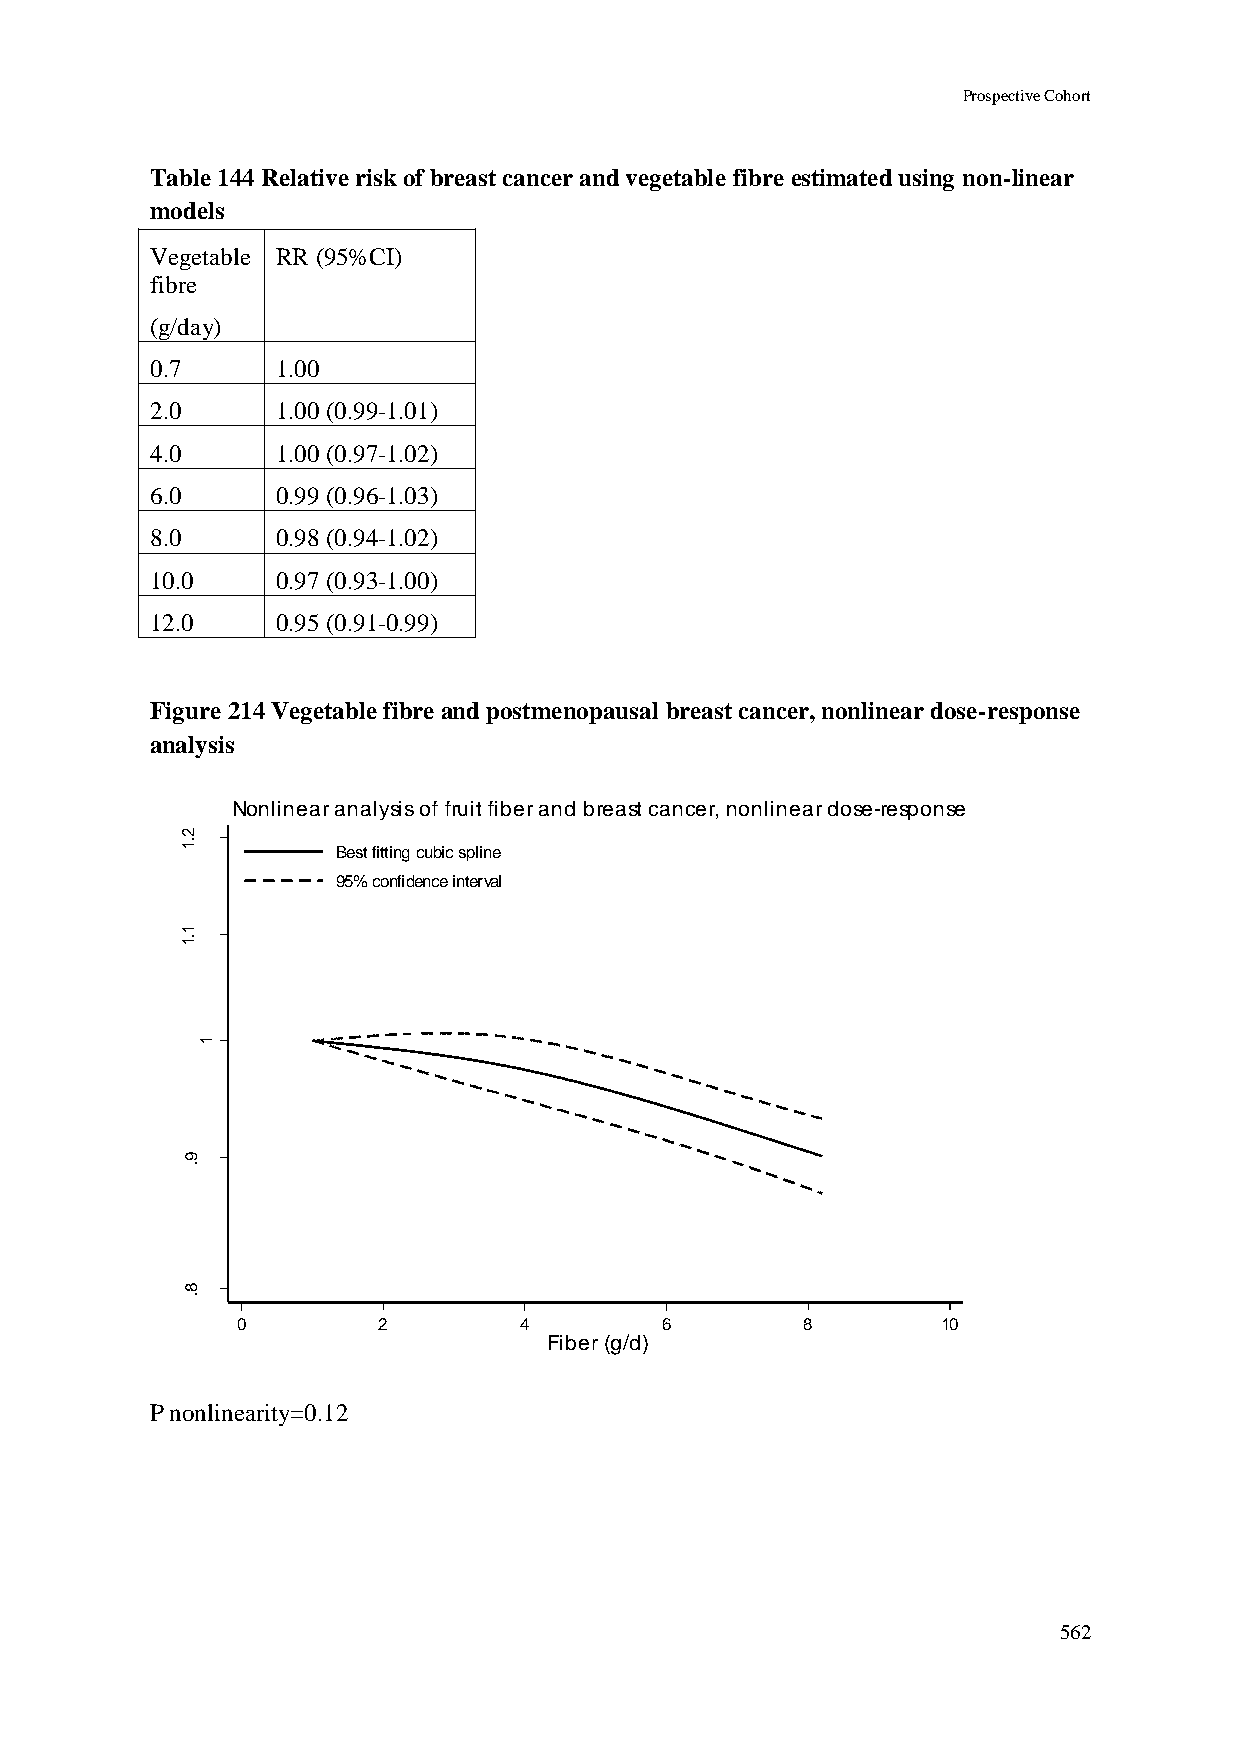
Prospective Cohort
 Table 144 Relative risk of breast cancer and vegetable fibre estimated using non-linear
 models
 Vegetable RR (95%CI)
 fibre
 (g/day)
 0.7     1.00
 2.0     1.00 (0.99-1.01)
 4.0     1.00 (0.97-1.02)
 6.0     0.99 (0.96-1.03)
 8.0     0.98 (0.94-1.02)
 10.0    0.97 (0.93-1.00)
 12.0    0.95 (0.91-0.99)
 Figure 214 Vegetable fibre and postmenopausal breast cancer, nonlinear dose-response
 analysis
 Nonlinear analysis of fruit fiber and breast cancer, nonlinear dose-response
 2
 .1
 Best fitting cubic spline
 95% confidence interval
 1
 .1
 R
 R
 d           1
 e
 t
 a
 m
 its
 E
 9
 .
 8
 .
 0        2        4         6        8        10
 Fiber (g/d)
 P nonlinearity=0.12
 562